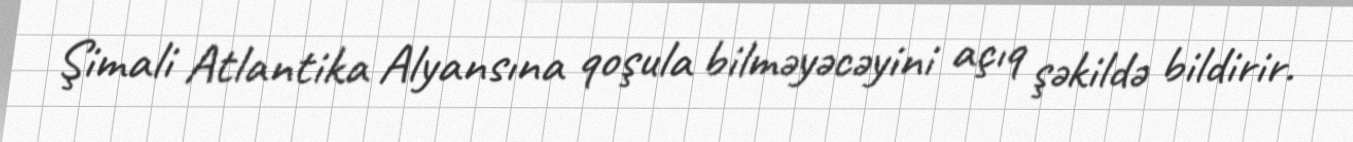
Şimali Atlantika Alyansına qoşula bilməyəcəyini açıq şəkildə bildirir.